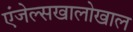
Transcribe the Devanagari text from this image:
एंजेल्सखालोखाल